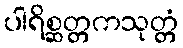
ပါရိစ္ဆတ္တကသုတ္တံ